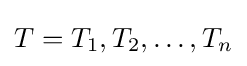
T={T_{1},T_{2},\dots ,T_{n}}